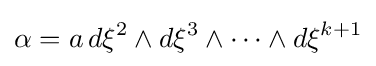
\alpha =a\,d\xi ^{2}\wedge d\xi ^{3}\wedge \dots \wedge d\xi ^{k+1}